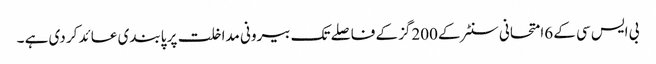
بی ایس سی کے 6امتحانی سنٹر کے 200گز کے فاصلے تک بیرونی مداخلت پر پابندی عائد کر دی ہے ۔